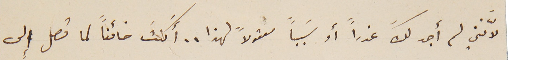
لانَّني لم أجد لكَ عذراً أو سَبباً معقولاً لهذا.. أَكنتَ خائناً لما تصل إلى